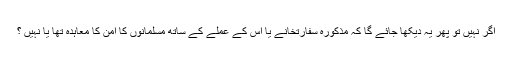
اگر نہیں تو پھر یہ دیکھا جائے گا کہ مذکورہ سفارتخانے یا اس کے عملے کے ساتھ مسلمانوں کا امن کا معاہدہ تھا یا نہیں ؟